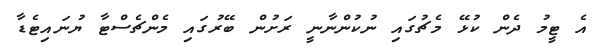
އެ ޓީމު ދެން ކުޅޭ މެޗުގައި ނުކުންނާނީ ރަށުން ބޭރުގައި މެންޗެސްޓާ ޔުނައިޓެޑާ